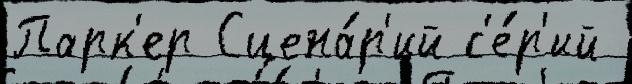
Парк'ер Сцена́р'ий с'е́р'ий